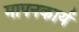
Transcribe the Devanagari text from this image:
मापनकार्य